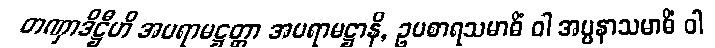
တဏှာဒိဋ္ဌီဟိ အပရာမဋ္ဌတ္တာ အပရာမဋ္ဌာနိ, ဥပစာရသမာဓိံ ဝါ အပ္ပနာသမာဓိံ ဝါ